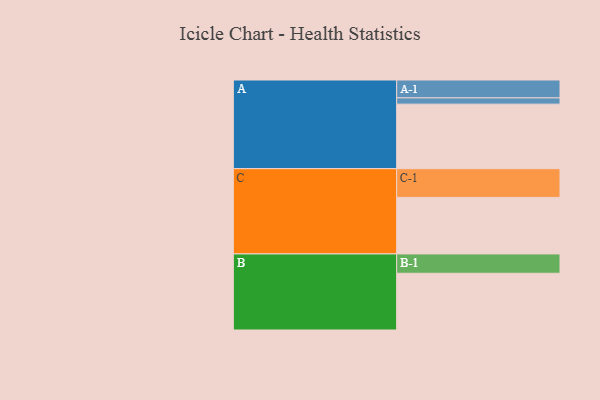
{"axis": {"x": "Segment", "y": "Value"}, "legend": ["", "A", "B", "C"], "data": [{"x": "A", "y": 578, "type": ""}, {"x": "B", "y": 508, "type": ""}, {"x": "C", "y": 506, "type": ""}, {"x": "A-1", "y": 160, "type": "A"}, {"x": "A-2", "y": 56, "type": "A"}, {"x": "B-1", "y": 173, "type": "B"}, {"x": "C-1", "y": 257, "type": "C"}]}